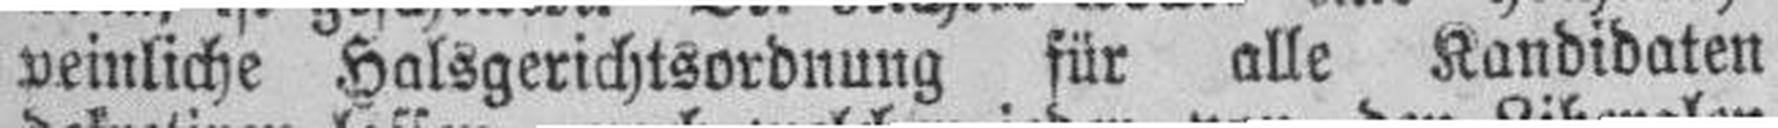
veinliche Halsgerichtsordnung für alle Kandidaten